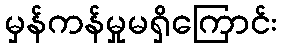
မှန်ကန်မှုမရှိကြောင်း